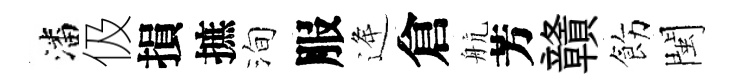
潘伋損摭洵服逄倉航芳贛飭閩